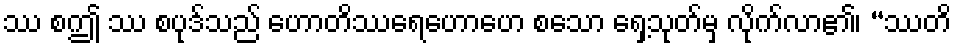
ဿ စဤ ဿ စပုဒ်သည် ဟောတိဿရေဟောဟေ စသော ရှေ့သုတ်မှ လိုက်လာ၏၊ “ဿတိ